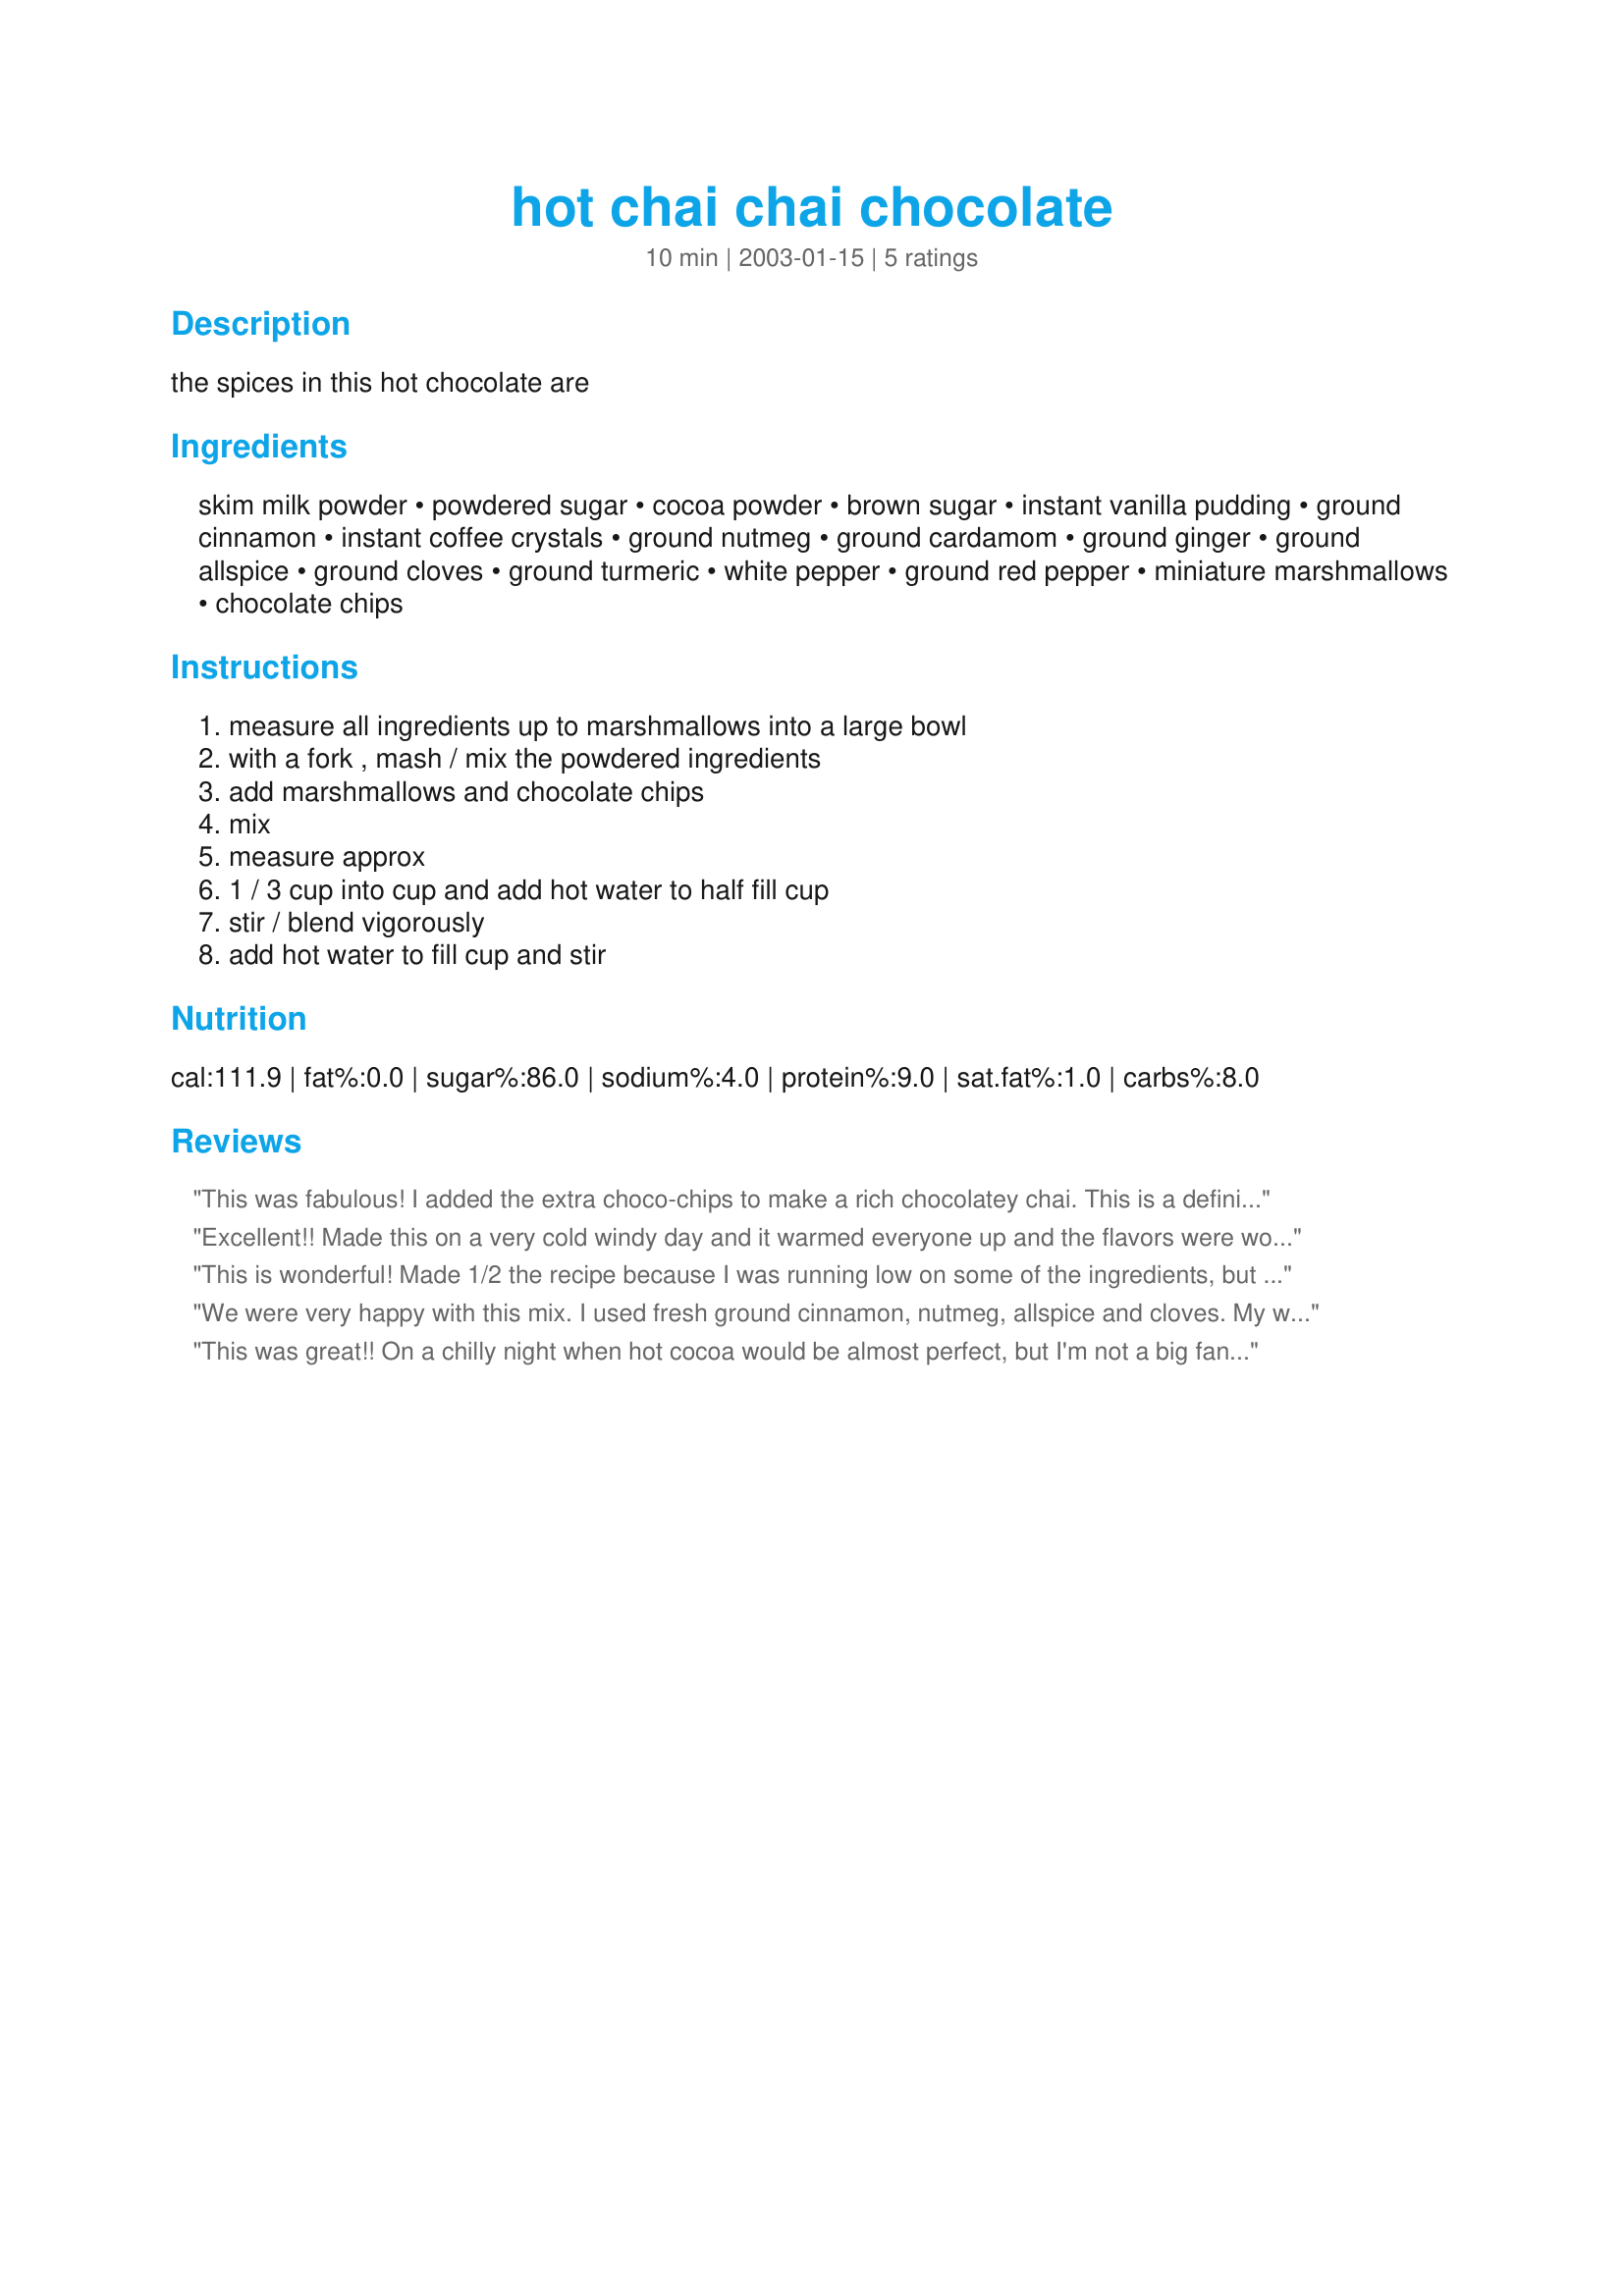
hot chai chai chocolate
Preparation time: 10 minutes

the spices in this hot chocolate are

Ingredients:
skim milk powder, powdered sugar, cocoa powder, brown sugar, instant vanilla pudding, ground cinnamon, instant coffee crystals, ground nutmeg, ground cardamom, ground ginger, ground allspice, ground cloves, ground turmeric, white pepper, ground red pepper, miniature marshmallows, chocolate chips

Steps:
measure all ingredients up to marshmallows into a large bowl, with a fork , mash / mix the powdered ingredients, add marshmallows and chocolate chips, mix, measure approx, 1 / 3 cup into cup and add hot water to half fill cup, stir / blend vigorously, add hot water to fill cup and stir

Reviews:
This was fabulous! I added the extra choco-chips to make a rich chocolatey chai. This is a definite keeper, and I have a jar full at the office for those afternoons I need a pick-me-up. Wonderful combination of flavors. Thanks princess, made for Comfort Cafe, Jan 2009!
Excellent!! Made this on a very cold windy day and it warmed everyone up and the flavors were wonderful.
Made it as directed with the extra chocolate ship option. 
Canned half for a gift for Christmas. Excellent!
Thanks for posting.
This is wonderful! Made 1/2 the recipe because I was running low on some of the ingredients, but will definitely be making this again. Too bad I found this recipe just when winter's over :( For the extras, I only added the tumeric. I instead of chocolate chips, I added a generous scoop of chocolate ice cream over top, which made it cool enough to drink right away. It smelled so nice, I didn't have the patience to let it cool before tasting it. Mmm!!! Thanks Princess.
We were very happy with this mix. I used fresh ground cinnamon, nutmeg, allspice and cloves. My wife really loved it.
This was great!! On a chilly night when hot cocoa would be almost perfect, but I'm not a big fan of too much chocolate, so this hit the spot!!
